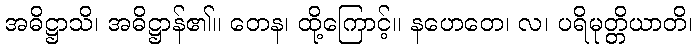
အဓိဋ္ဌာသိ၊ အဓိဋ္ဌာန်၏။ တေန၊ ထို့ကြောင့်။ နဟေတေ၊ လ၊ ပရိမုတ္တိယာတိ၊